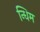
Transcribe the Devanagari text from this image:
न्धिम